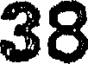
38